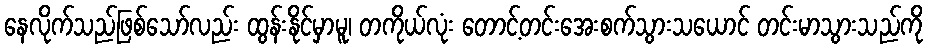
နေလိုက်သည်ဖြစ်သော်လည်း ထွန်းနိုင်မှာမူ၊ တကိုယ်လုံး တောင့်တင်းအေးစက်သွားသယောင် တင်းမာသွားသည်ကို